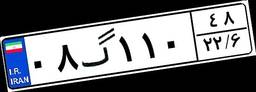
۰۸گ۱۱۰۴۸